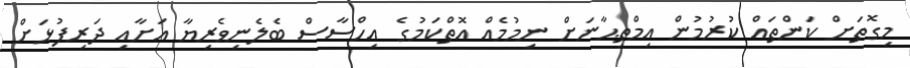
މިގޮތަށް ކަންތައް ކުރުމުން އިމްތިޙާނަށް ނިމުމެއް އޮތްކަމުގެ އިހްސާސް ބެލެނިވެރިޔާ އަށާއި ދަރިފުޅަށް